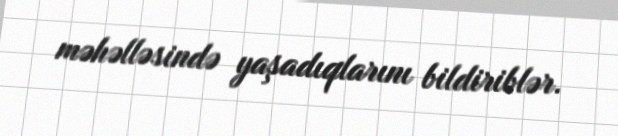
məhəlləsində yaşadıqlarını bildiriblər.